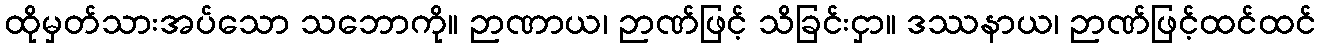
ထိုမှတ်သားအပ်သော သဘောကို။ ဉာဏာယ၊ ဉာဏ်ဖြင့် သိခြင်းငှာ။ ဒဿနာယ၊ ဉာဏ်ဖြင့်ထင်ထင်